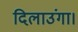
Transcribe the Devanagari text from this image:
दिलाउंगा।